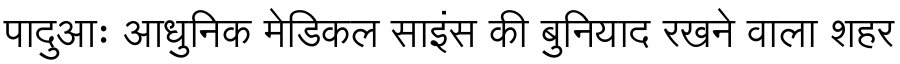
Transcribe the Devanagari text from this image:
पादुआः आधुनिक मेडिकल साइंस की बुनियाद रखने वाला शहर